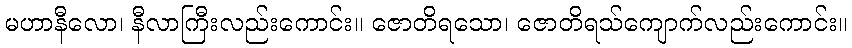
မဟာနီလော၊ နီလာကြီးလည်းကောင်း။ ဇောတိရသော၊ ဇောတိရသ်ကျောက်လည်းကောင်း။